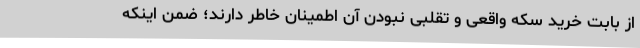
از بابت خرید سکه واقعی و تقلبی نبودن آن اطمینان خاطر دارند؛ ضمن اینکه